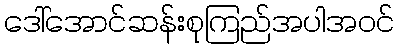
ဒေါ်အောင်ဆန်းစုကြည်အပါအဝင်